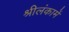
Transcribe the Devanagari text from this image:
श्रीलंकामें